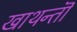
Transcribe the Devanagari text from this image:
खाथन्तॊ